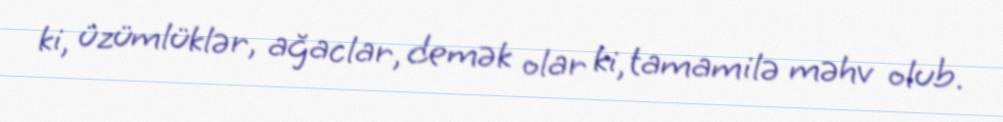
ki, üzümlüklər, ağaclar, demək olar ki, tamamilə məhv olub.